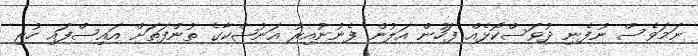
ނަމަވެސް ނުފެނި ދުވަސްކޮޅެއް ފަހުން އަލުން ފެނުނުއިރު އަނުޝްކާގެ ތުންފަތަށް އައިސްފައި ހުރި